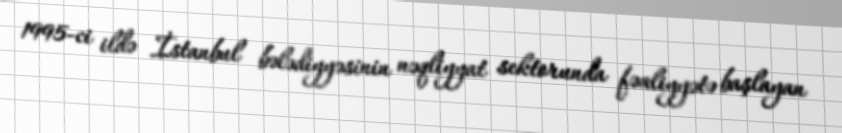
1995-ci ildə İstanbul bələdiyyəsinin nəqliyyat sektorunda fəaliyyətə başlayan